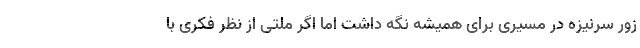
زور سرنیزه در مسیری برای همیشه نگه داشت اما اگر ملتی از نظر فکری با